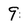
Character: 9